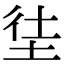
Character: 𡋩